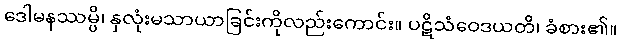
ဒေါမနဿမ္ပိ၊ နှလုံးမသာယာခြင်းကိုလည်းကောင်း။ ပဋိသံဝေဒယတိ၊ ခံစား၏။